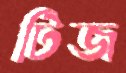
টিজ